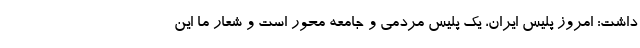
داشت: امروز پلیس ایران، یک پلیس مردمی و جامعه محور است و شعار ما این